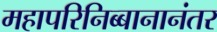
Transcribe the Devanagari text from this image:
महापरिनिब्बानानंतर